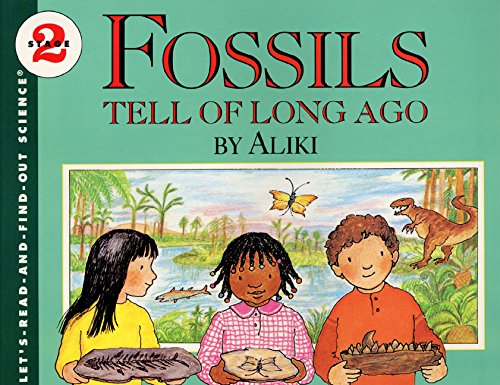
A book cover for Fossils Tell of Long Ago (Let's-Read-and-Find-Out Science 2); Aliki; Children's Books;